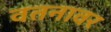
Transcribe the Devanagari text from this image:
वतनावर